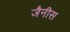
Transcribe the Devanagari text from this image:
जैनीस